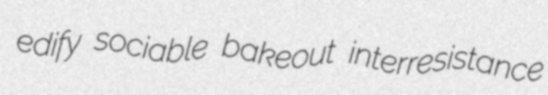
edify sociable bakeout interresistance